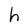
Character: h